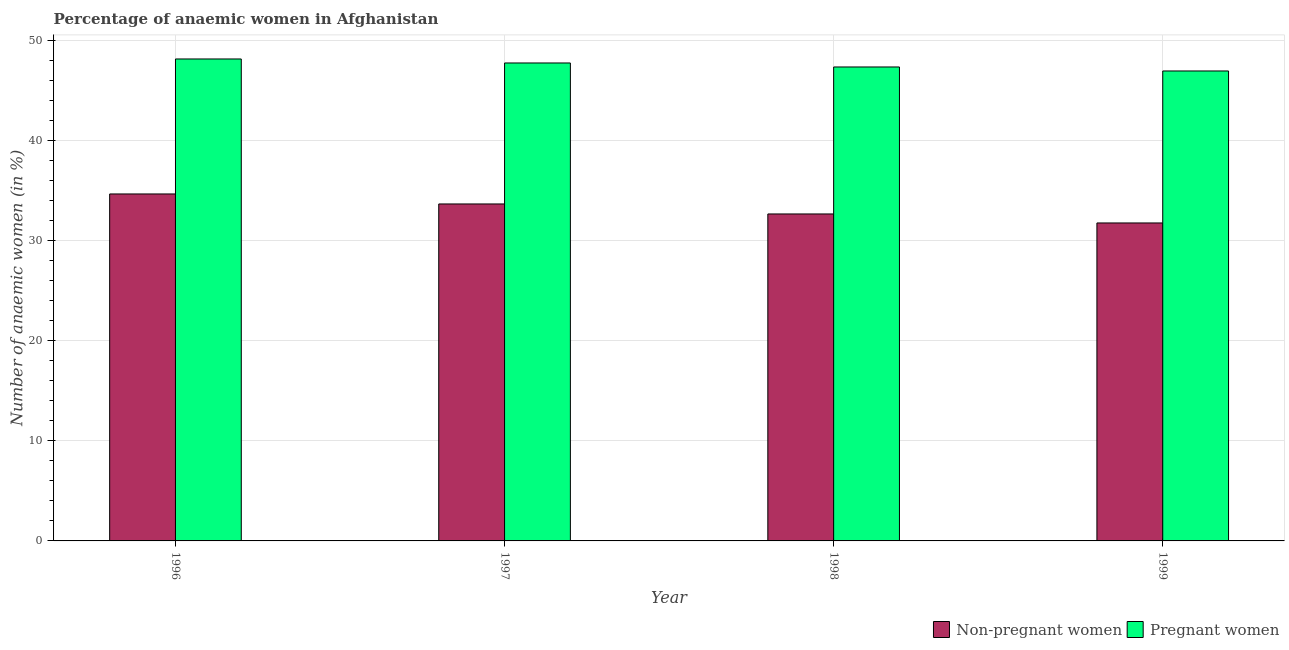
| Year | Non-pregnant women | Pregnant women |
 | --- | --- | --- |
 | 1996 | 34.7 | 48.2 |
 | 1997 | 33.7 | 47.8 |
 | 1998 | 32.7 | 47.4 |
 | 1999 | 31.8 | 47 |